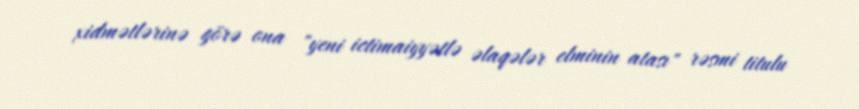
xidmətlərinə görə ona "yeni ictimaiyyətlə əlaqələr elminin atası" rəsmi titulu